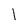
Character: 1